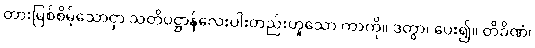
တားမြစ်စိမ့်သောငှာ သတိပဋ္ဌာန်လေးပါးတည်းဟူသော ကာကို။ ဒတွာ၊ ပေး၍။ တိခိဏံ၊